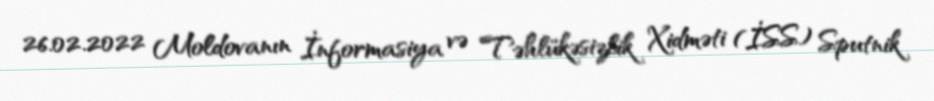
26.02.2022 Moldovanın İnformasiya və Təhlükəsizlik Xidməti (İSS) Sputnik